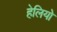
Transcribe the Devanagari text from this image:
हेलियो